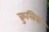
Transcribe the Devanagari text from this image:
क्रुलिक